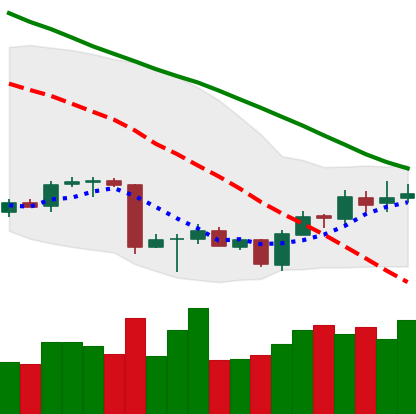
Ticker: BTC-USD
Chart end date: 2018-07-05
Forward return: -4.657%
Label: down_3_5